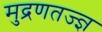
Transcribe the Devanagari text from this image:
मुद्रणतज्ज्ञ